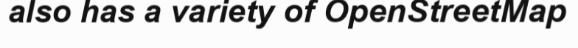
also has a variety of OpenStreetMap